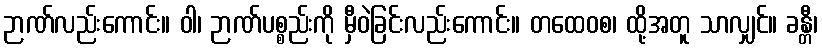
ဉာဏ်လည်းကောင်း။ ဝါ၊ ဉာဏ်ပစ္စည်းကို မှီဝဲခြင်းလည်းကောင်း။ တထေဝစ၊ ထို့အတူ သာလျှင်။ ခန္တီ၊